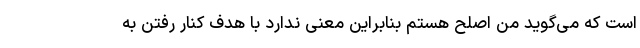
است که می‌گوید من اصلح هستم بنابراین معنی ندارد با هدف کنار رفتن به